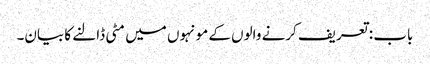
باب : تعریف کرنے والوں کے مونہوں میں مٹی ڈالنے کا بیان۔